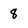
Character: 8